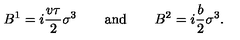
B ^ { 1 } = i { \frac { v \tau } { 2 } } \sigma ^ { 3 } \qquad \mathrm { a n d } \qquad B ^ { 2 } = i { \frac { b } { 2 } } \sigma ^ { 3 } .